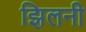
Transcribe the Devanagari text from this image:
झिलनी